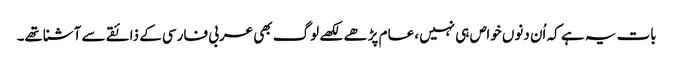
بات یہ ہے کہ اُن دنوں خواص ہی نہیں، عام پڑھے لکھے لوگ بھی عربی فارسی کے ذائقے سے آشناتھے۔